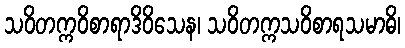
သဝိတက္ကဝိစာရာဒိဝိသေန၊ သဝိတက္ကသဝိစာရသမာဓိ၊